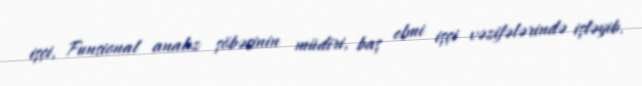
işçi, Funsional analız şöbəsinin müdiri, baş elmi işçi vəzifələrində işləyib.